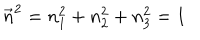
\vec { n } ^ { 2 } = n _ { 1 } ^ { 2 } + n _ { 2 } ^ { 2 } + n _ { 3 } ^ { 2 } = 1